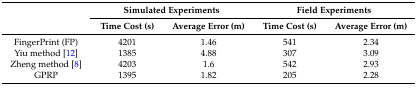
| <ROWSPAN=2>  | <COLSPAN=2> Simulated Experiments | <COLSPAN=2> Field Experiments |
 | Time Cost (s) | Average Error (m) | Time Cost (s) | Average Error (m) |
 | --- | --- | --- | --- | --- |
 | FingerPrint (FP) | 4201 | 1.46 | 541 | 2.34 |
 | Yiu method [12] | 1385 | 4.88 | 307 | 3.09 |
 | Zheng method [8] | 4203 | 1.6 | 542 | 2.93 |
 | GPRP | 1395 | 1.82 | 205 | 2.28 |